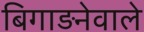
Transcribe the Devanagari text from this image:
बिगाड़नेवाले